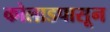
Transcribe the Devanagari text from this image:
कोलाडपासून